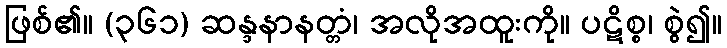
ဖြစ်၏။ (၃၆၁) ဆန္ဒနာနတ္တံ၊ အလိုအထူးကို။ ပဋိစ္စ၊ စွဲ၍။